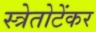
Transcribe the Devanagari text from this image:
स्त्रेतोटेंकर